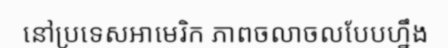
នៅប្រទេសអាមេរិក ភាពចលាចលបែបហ្នឹង